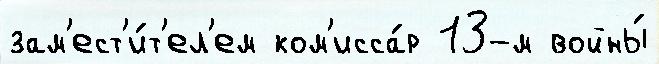
зам'ест'и́т'ел'ем ком'исса́р 13-м войны́